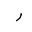
Letter: _ra